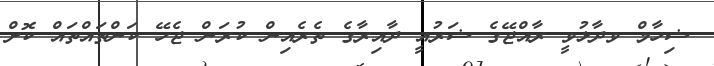
ޝިހާމް ވދާޅުވީ ރާއްޖޭގެ ޝަރުއީ ދާއިރާގެ ތެރެއިން ކުރަން ޖެހޭ ކަންތައްތައް ކޮށް